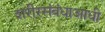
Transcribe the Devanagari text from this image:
शरीरसंबंधाआधी